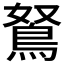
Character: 鴑